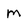
Character: m